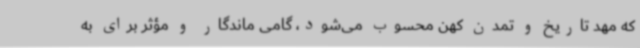
که مهد تاریخ و تمدن کهن محسوب می‌شود، گامی ماندگار و مؤثر برای به